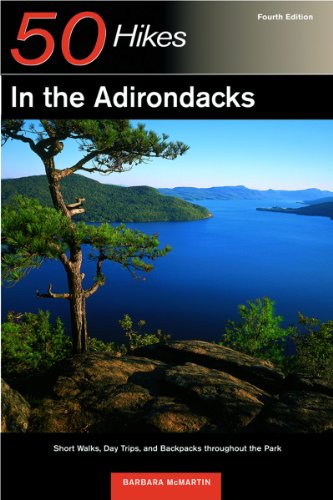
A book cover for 50 Hikes in the Adirondacks: Short Walks, Day Trips, and Backpacks Throughout the Park, Fourth Edition; Barbara McMartin; Sports & Outdoors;